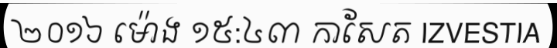
២០១៦ ម៉ោង ១៥:៤៣ កាសែត IZVESTIA